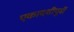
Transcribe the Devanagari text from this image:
एकादशीपूर्वी